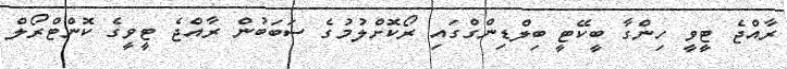
ރާއްޖެ ޓީވީ ހިންގާ ބީކޭޓީ ބިލްޑިންގްގައި ރޯކޮށްލުމުގެ ސަބަބުން ރާއްޖެ ޓީވީގެ ކޮންޓްރޯލް